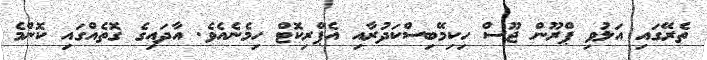
ތެރޭގައި އަލުވި ޕްރޫން ޖޫސް ހިކިމޭބިސްކަދުރާއި އެޕްރިކޮޓް ހިމެނެއެވެ. އާދައިގެ ގޮތެއްގައި ކޮންމެ